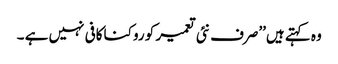
وہ کہتے ہیں’’صرف نئی تعمیر کو روکنا کافی نہیں ہے ۔